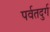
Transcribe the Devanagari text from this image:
पर्वतदुर्ग